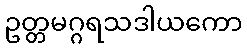
ဥတ္တမဂ္ဂရသဒါယကော